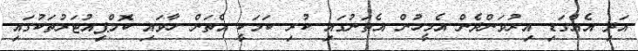
އަދި އެއްގަޑި އިރުވަންދެން އެމީހުން އެތަނުގައި ކުރި ކަމަކީ އެތަން ހާވައި ކޮމްޕިއުޓަރުތަކުގައި